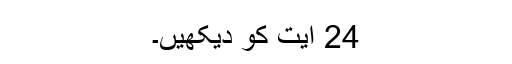
24 آیت کو دیکھیں۔